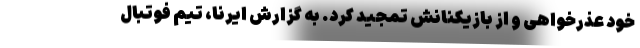
خود عذرخواهی و از بازیکنانش تمجید کرد. به گزارش ایرنا، تیم فوتبال